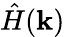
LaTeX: {\hat{H}}(\mathbf{k})